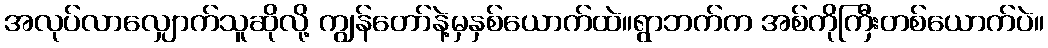
အလုပ်လာလျှောက်သူဆိုလို့ ကျွန်တော်နဲ့မှနှစ်ယောက်ထဲ။ရွာဘက်က အစ်ကိုကြီးတစ်ယောက်ပဲ။